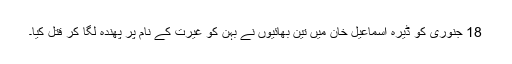
18 جنوری کو ڈیرہ اسماعیل خان میں تین بھائیوں نے بہن کو غیرت کے نام پر پھندہ لگا کر قتل کیا۔